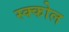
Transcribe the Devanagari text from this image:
स्क्कोल